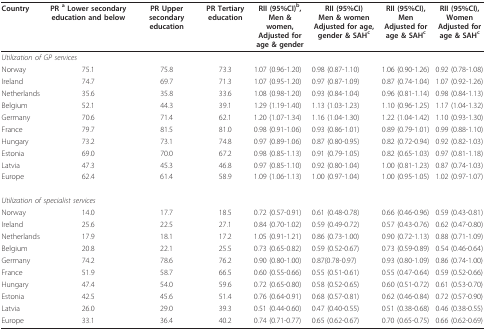
<table><thead><tr><td><b>Country</b></td><td><b>PR <sup>a </sup>Lower secondary education and below</b></td><td><b>PR Upper secondary education</b></td><td><b>PR Tertiary education</b></td><td><b>RII (95%CI)<sup>b</sup>,Men &amp; women,Adjusted for age &amp; gender</b></td><td><b>RII (95%CI)Men &amp; womenAdjusted for age, gender &amp; SAH<sup>c</sup></b></td><td><b>RII (95%CI), MenAdjusted for age &amp; SAH<sup>c</sup></b></td><td><b>RII (95%CI), WomenAdjusted for age &amp; SAH<sup>c</sup></b></td></tr></thead><tbody><tr><td colspan="8"><i>Utilization of GP services</i></td></tr><tr><td>Norway</td><td>75.1</td><td>75.8</td><td>73.3</td><td>1.07 (0.96-1.20)</td><td>0.98 (0.87-1.10)</td><td>1.06 (0.90-1.26)</td><td>0.92 (0.78-1.08)</td></tr><tr><td>Ireland</td><td>74.7</td><td>69.7</td><td>71.3</td><td>1.07 (0.95-1.20)</td><td>0.97 (0.87-1.09)</td><td>0.87 (0.74-1.04)</td><td>1.07 (0.92-1.26)</td></tr><tr><td>Netherlands</td><td>35.6</td><td>35.8</td><td>33.6</td><td>1.08 (0.98-1.20)</td><td>0.93 (0.84-1.04)</td><td>0.96 (0.81-1.14)</td><td>0.98 (0.84-1.13)</td></tr><tr><td>Belgium</td><td>52.1</td><td>44.3</td><td>39.1</td><td>1.29 (1.19-1.40)</td><td>1.13 (1.03-1.23)</td><td>1.10 (0.96-1.25)</td><td>1.17 (1.04-1.32)</td></tr><tr><td>Germany</td><td>70.6</td><td>71.4</td><td>62.1</td><td>1.20 (1.07-1.34)</td><td>1.16 (1.04-1.30)</td><td>1.22 (1.04-1.42)</td><td>1.10 (0.93-1.30)</td></tr><tr><td>France</td><td>79.7</td><td>81.5</td><td>81.0</td><td>0.98 (0.91-1.06)</td><td>0.93 (0.86-1.01)</td><td>0.89 (0.79-1.01)</td><td>0.99 (0.88-1.10)</td></tr><tr><td>Hungary</td><td>73.2</td><td>73.1</td><td>74.8</td><td>0.97 (0.89-1.06)</td><td>0.87 (0.80-0.95)</td><td>0.82 (0.72-0.94)</td><td>0.92 (0.82-1.03)</td></tr><tr><td>Estonia</td><td>69.0</td><td>70.0</td><td>67.2</td><td>0.98 (0.85-1.13)</td><td>0.91 (0.79-1.05)</td><td>0.82 (0.65-1.03)</td><td>0.97 (0.81-1.18)</td></tr><tr><td>Latvia</td><td>47.3</td><td>45.3</td><td>46.8</td><td>0.97 (0.85-1.10)</td><td>0.92 (0.80-1.04)</td><td>1.00 (0.81-1.23)</td><td>0.87 (0.74-1.03)</td></tr><tr><td>Europe</td><td>62.4</td><td>61.4</td><td>58.9</td><td>1.09 (1.06-1.13)</td><td>1.00 (0.97-1.04)</td><td>1.00 (0.95-1.05)</td><td>1.02 (0.97-1.07)</td></tr><tr><td colspan="8"><i>Utilization of specialist services</i></td></tr><tr><td>Norway</td><td>14.0</td><td>17.7</td><td>18.5</td><td>0.72 (0.57-0.91)</td><td>0.61 (0.48-0.78)</td><td>0.66 (0.46-0.96)</td><td>0.59 (0.43-0.81)</td></tr><tr><td>Ireland</td><td>25.6</td><td>22.5</td><td>27.1</td><td>0.84 (0.70-1.02)</td><td>0.59 (0.49-0.72)</td><td>0.57 (0.43-0.76)</td><td>0.62 (0.47-0.80)</td></tr><tr><td>Netherlands</td><td>17.9</td><td>18.1</td><td>17.2</td><td>1.05 (0.91-1.21)</td><td>0.86 (0.73-1.00)</td><td>0.90 (0.72-1.13)</td><td>0.88 (0.71-1.09)</td></tr><tr><td>Belgium</td><td>20.8</td><td>22.1</td><td>25.5</td><td>0.73 (0.65-0.82)</td><td>0.59 (0.52-0.67)</td><td>0.73 (0.59-0.89)</td><td>0.54 (0.46-0.64)</td></tr><tr><td>Germany</td><td>74.2</td><td>78.6</td><td>76.2</td><td>0.90 (0.80-1.00)</td><td>0.87(0.78-0.97)</td><td>0.93 (0.80-1.09)</td><td>0.86 (0.74-1.00)</td></tr><tr><td>France</td><td>51.9</td><td>58.7</td><td>66.5</td><td>0.60 (0.55-0.66)</td><td>0.55 (0.51-0.61)</td><td>0.55 (0.47-0.64)</td><td>0.59 (0.52-0.66)</td></tr><tr><td>Hungary</td><td>47.4</td><td>54.0</td><td>59.6</td><td>0.72 (0.65-0.80)</td><td>0.58 (0.52-0.65)</td><td>0.60 (0.51-0.72)</td><td>0.61 (0.53-0.70)</td></tr><tr><td>Estonia</td><td>42.5</td><td>45.6</td><td>51.4</td><td>0.76 (0.64-0.91)</td><td>0.68 (0.57-0.81)</td><td>0.62 (0.46-0.84)</td><td>0.72 (0.57-0.90)</td></tr><tr><td>Latvia</td><td>26.0</td><td>29.0</td><td>39.3</td><td>0.51 (0.44-0.60)</td><td>0.47 (0.40-0.55)</td><td>0.51 (0.38-0.68)</td><td>0.46 (0.38-0.55)</td></tr><tr><td>Europe</td><td>33.1</td><td>36.4</td><td>40.2</td><td>0.74 (0.71-0.77)</td><td>0.65 (0.62-0.67)</td><td>0.70 (0.65-0.75)</td><td>0.66 (0.62-0.69)</td></tr></tbody></table>